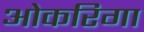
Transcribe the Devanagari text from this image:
ओकरिगा